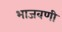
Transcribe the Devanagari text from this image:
भाजवणी